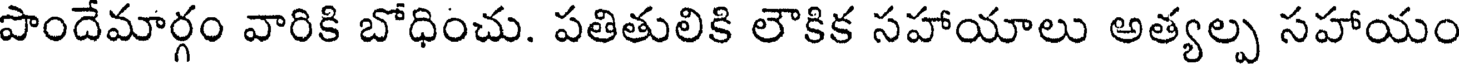
పొందేమార్గం వారికి బోధించు. పతితులికి లౌకిక సహాయాలు అత్యల్ప సహాయం